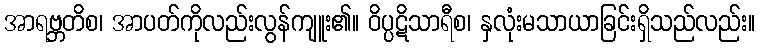
အာရဗ္ဘတိစ၊ အာပတ်ကိုလည်းလွန်ကျူး၏။ ဝိပ္ပဋိသာရီစ၊ နှလုံးမသာယာခြင်းရှိသည်လည်း။